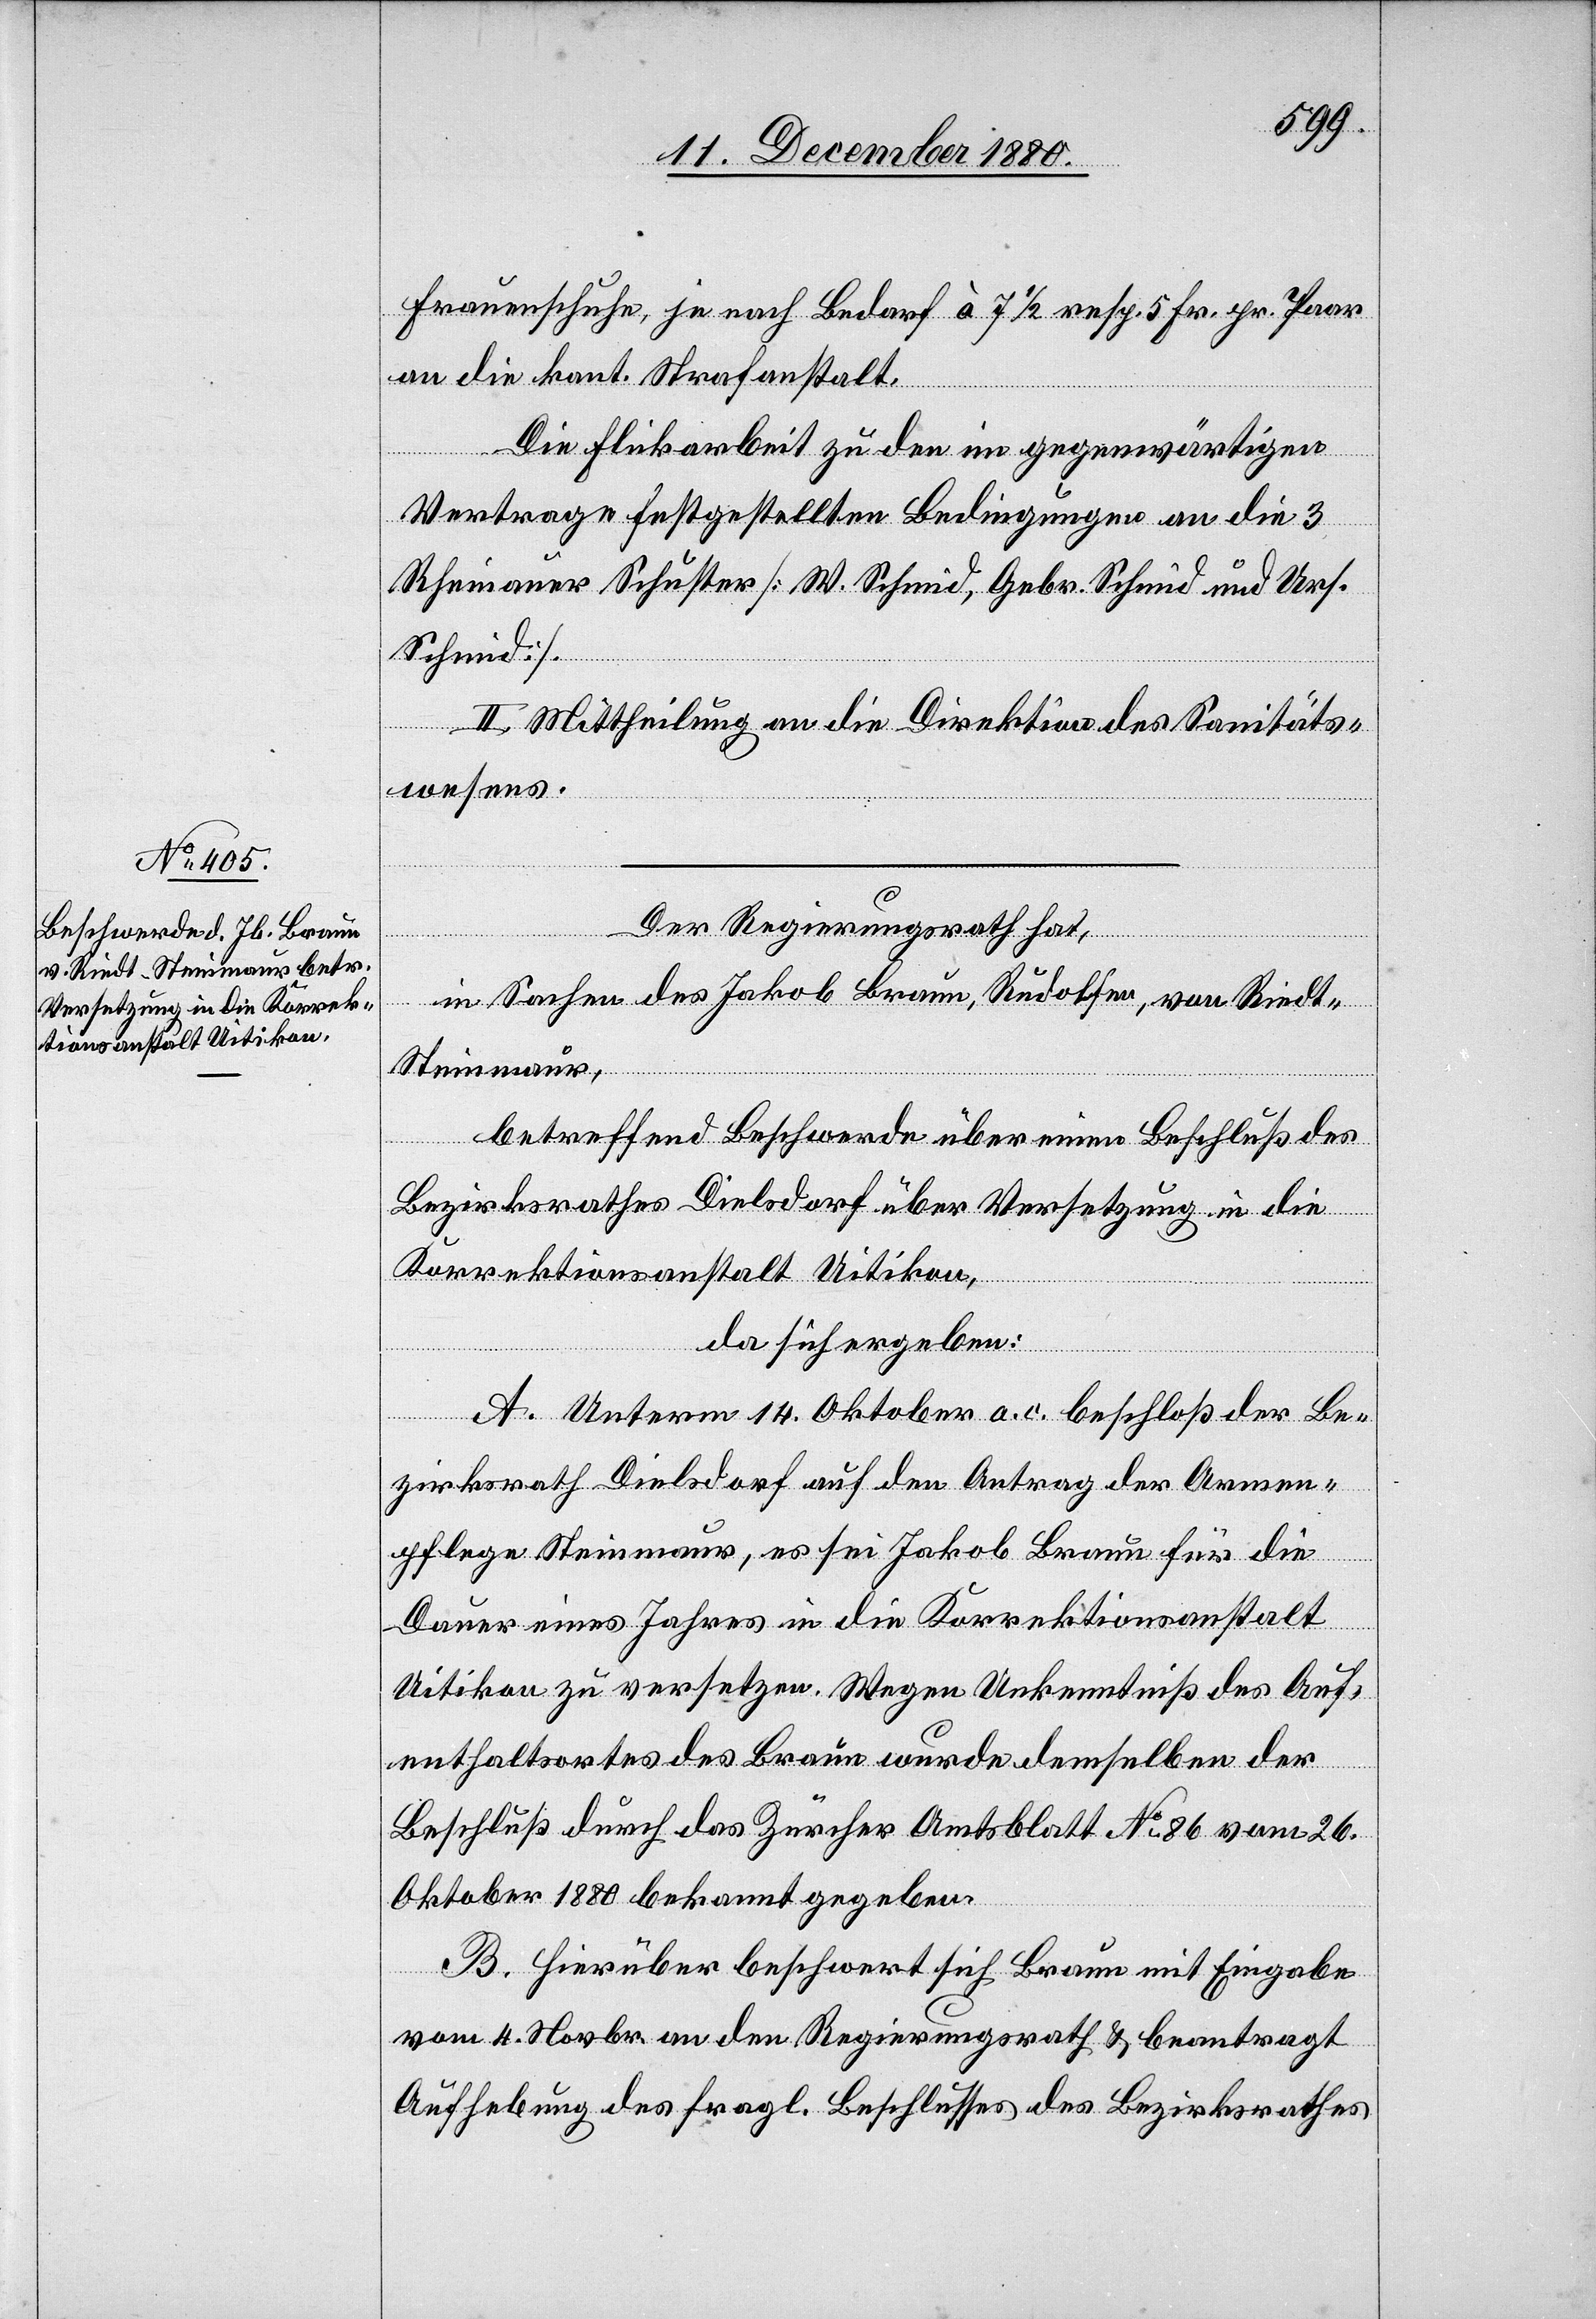
Frauenschuhe, je nach Bedarf à 7 1/2 resp. 5 Fr. pr. Paar
an die kant. Strafanstalt.
Die Flickarbeit zu den im gegenwärtigen
Vertrage festgestellten Bedingungen an die 3
Rheinauer Schuster [W. Schmid, Gebr. Schmid und Urs.
Schmid].
II. Mittheilung an die Direktion des Sanitäts¬
wesens.
Der Regierungsrath hat,
in Sachen des Jakob Braun, Rudolfen, von Riedt -
Steinmaur,
Braun
betreffend Beschwerde über einen Beschluß des
Bezirksrathes Dielsdorf über Versetzung in die
Korrektionsanstalt Uitikon,
da sich ergeben:
A. Unterm 14. Oktober a. c. beschloß der Be¬
die
Dauer eines Jahres in die Korrektionsanstalt
Uitikon zu versetzen. Wegen Unkenntniß des Auf¬
enthaltsortes des Braun wurde demselben der
zirksrath
Beschluß durch das Zürcher Amtsblatt No 86 vom 26.
Oktober 1880 bekannt gegeben.
B. Hierüber beschwert sich Braun mit Eingabe
vom 4. Novbr. an den Regierungsrath & beantragt
Aufhebung des fragl. Beschlusses des Bezirksrathes